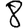
Digit: 8